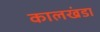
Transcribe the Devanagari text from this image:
कालखंडा